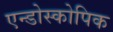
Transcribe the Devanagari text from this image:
एन्डोस्कोपिक